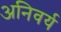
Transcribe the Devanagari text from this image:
अनिवर्य